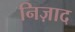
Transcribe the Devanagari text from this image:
निज़ाद